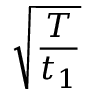
\sqrt { \frac { T } { t _ { 1 } } }